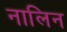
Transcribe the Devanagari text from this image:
नालिन